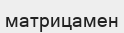
матрицамен